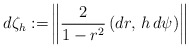
\begin{align*}d\zeta_h:=&\left\|\frac{2}{1-r^2}\,(dr,\,h\,d\psi)\right\|\end{align*}